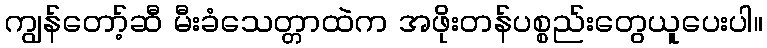
ကျွန်တော့်ဆီ မီးခံသေတ္တာထဲက အဖိုးတန်ပစ္စည်းတွေယူပေးပါ။